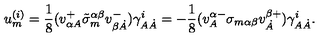
u _ { m } ^ { ( i ) } = \frac 1 8 ( v _ { \alpha A } ^ { + } \tilde { \sigma } _ { m } ^ { \alpha \beta } v _ { \beta \dot { A } } ^ { - } ) \gamma _ { A \dot { A } } ^ { i } = - \frac 1 8 ( v _ { A } ^ { \alpha - } \sigma _ { m \alpha \beta } v _ { \dot { A } } ^ { \beta + } ) \gamma _ { A \dot { A } } ^ { i } .